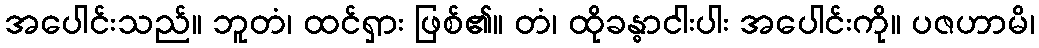
အပေါင်းသည်။ ဘူတံ၊ ထင်ရှား ဖြစ်၏။ တံ၊ ထိုခန္ဓာငါးပါး အပေါင်းကို။ ပဇဟာမိ၊